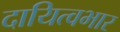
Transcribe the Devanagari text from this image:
दायित्वभार